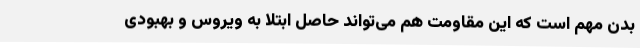
بدن مهم است که این مقاومت هم می‌تواند حاصل ابتلا به ویروس و بهبودی